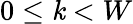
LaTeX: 0\leq\mathit{k}<W